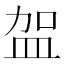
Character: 𭽿